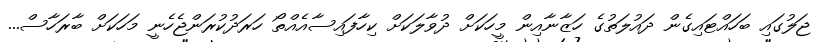
ޖަލުގައި ބަހައްޓައިގެން ދައުލަތުގެ ހަޒާނާއިން މީހަކަށް ދުވާލަކަށް ކިހާފައިސާއެއްތޯ ހަރަދުކުރަންޖެހެނީ މަހަކަށް ބާރަހާސް...